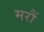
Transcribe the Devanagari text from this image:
मरौं